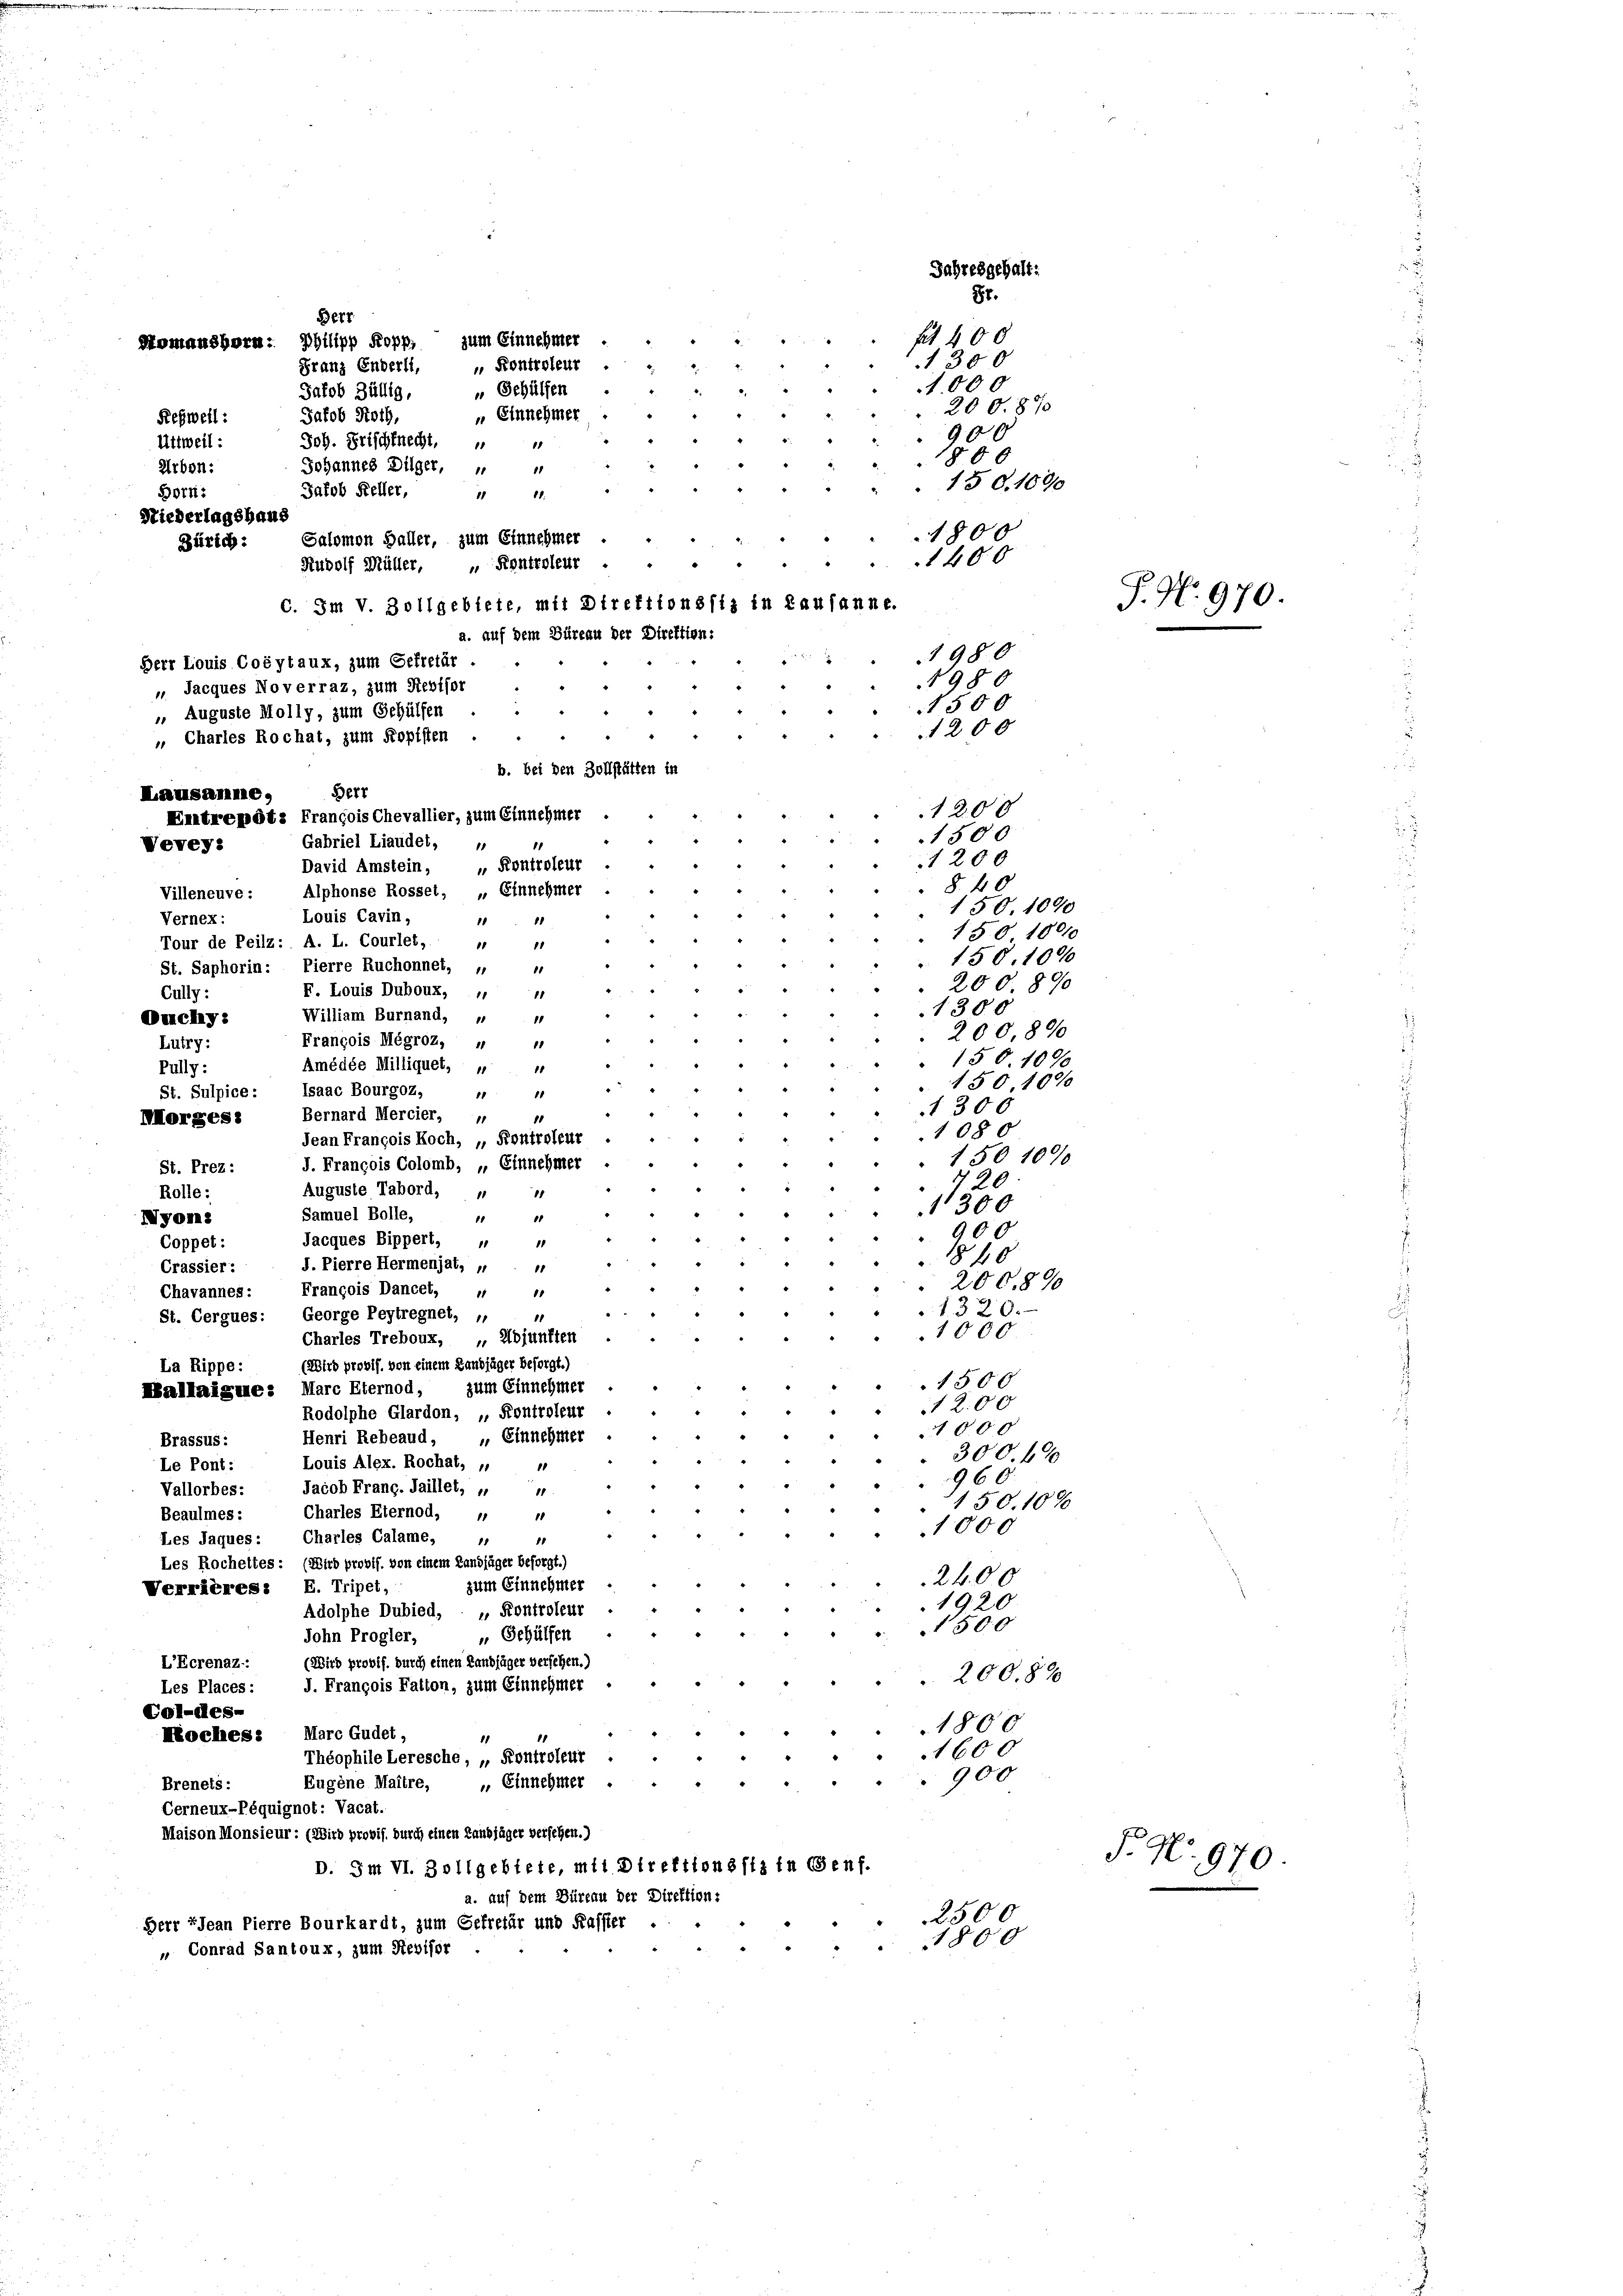
Berr
Komanshorn: Philipp Kopp, zum Einnehmer .
Franz Enderli, " Kontroleur
„ Gehülfen

2
Jakob Züllig,
 Einnehmer
Jakob Roth,
Uttweil:
Joh. Frischknecht,
15
Johannes Dilger,
Arbon:
1
Jakob Keller,
18.
Born:
18
Niederlagshaus
Zürich: Salomon Haller, zum Einnehmer .
 Kontroleur
Rudolf Müller,

Lausanne,
1200
1500
1200
§. 40
Villeneuve :
150 104
Louis Cavin,
Vernex:
1
11
150 18010
Tour de Peilz: A. L. Courlet,
10 11
150. 1000
St. Saphorin: Pierre Ruchonnet, „
200 890
F. Louis Duboux, 11
18
Cully:
1300
William Burnand, „
Duchy:
1
200,800
François Mégroz, „
11
Lutry:
150. 1090
Amédée Milliquet, „ 4
Pully:
150, 1000
St. Sulpice: Isaac Bourgoz. " "
1300
Bernard Mercier, " "
Morges:
1080
Jean François Roch, „ Kontroleur
1501000
I. François Colomb, „Einnehmer
St. Prez:
20
Auguste Tabord, „
Rolle:
18
1300
Samuel Bolle,
11
1
yon:
900
Jacques Bippert, " "
Coppet :
1840
f. Pierre Hermenjat, „
Crassier:
11
200.890
Chavannes: François Dancet,
11
18
1320.
St. Cergues: George Peytregnet, „
11
1000
Charles Treboux, „Abjunften
(Wird provif. von einem Landjäger besorgt.)
La Rippe:
1500
Mallaigue: Marc Eternod, zum Einnehmer
1200
Rodolphe Glardon, „Kontroleur
1000
Henri Rebeaud, „Einnehmer
Brassus:
300. 49
Louis Alex. Rochat, 1
Le Pont:
1
960
Jacob Franc.Jaillet, „
Vallorbes:
1
150. 107
Charles Eternod, „
Beaulmes:
10
1000
Les Jaques: Charles Calame, " "
Les Rocheltes: (Wird provif. von einem Landjäger beforgt.)
2400
zum Einnehmer
Verrières. E. Tripet,
1920
Adolphe Dubied,  „Kontroleur
1500
“
¬
 Gehülfen
John Progler,
(Wird provif. durch einen Landjäger versehen.)
L’Ecrenaz::
200.89
J. François Fatton, zum Einnehmer
Les Places:
Col-les-
1800
Moches. Marc Gudet,
11
1600
Théophile Leresche, „Kontroleur
900
44
Eugene Maitre, „Einnehmer
Brenets:
Cerneux-Péquignot: Vacat.
Maison Monsieur: (Wird provis, durch einen Landjäger versehen.)
D. Im VI. Zollgebiete, mit Direktionssiz in Genf.

Veveys

Rehweil:

Herr Louis Coéytaux, zum Gefretär .
 Jacques Noverraz, zum Revisor

Auguste Molly, zum Gehülfen

C. Im V. Zollgebiete, mit Direktionssiz in Lausanne.
a. auf dem Büreau der Direktion:
 Charles Rochat, zum Kopfsten
b. bei den Zollstätten in
Berr
Entrepôt: François Chevallier, zum Einnehmer
Gabriel Liaudet,
 Kontroleur
David Amstein,
Alphonse Rosset, „Einnehmer

a. auf dem Düreau der Direktion:
2500
Herr PJean Pierre Bourkardt, zum Gefretär und Kassier
1800
„ Conrad Santoux, zum Revisor

Jahresgehalt:
8t.
ft 400
1300
1000
20080
900
800
150. 1090

1800
1400
P. Nr. 970.
1980
1980
1500
1200

g

T. No. 970